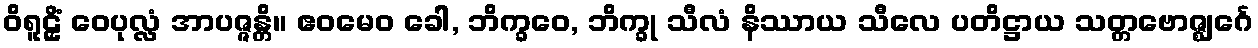
ဝိရူဠှိံ ဝေပုလ္လံ အာပဇ္ဇန္တိ။ ဧဝမေဝ ခေါ, ဘိက္ခဝေ, ဘိက္ခု သီလံ နိဿာယ သီလေ ပတိဋ္ဌာယ သတ္တဗောဇ္ဈင်္ဂေ